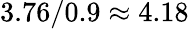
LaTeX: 3.76/0.9\approx 4.18